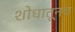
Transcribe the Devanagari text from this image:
शोधातूनच